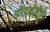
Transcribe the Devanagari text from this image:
ओरगेनेल्ले